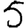
Digit: 5